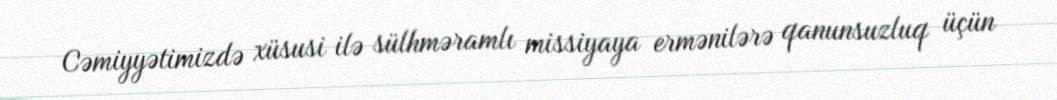
Cəmiyyətimizdə xüsusi ilə sülhməramlı missiyaya ermənilərə qanunsuzluq üçün